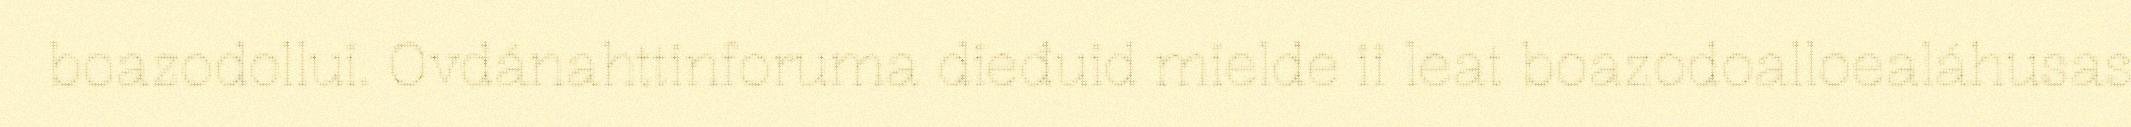
boazodollui. Ovdánahttinforuma dieđuid mielde ii leat boazodoalloealáhusas